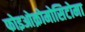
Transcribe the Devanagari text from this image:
फोइओक्रोमोसिटोमा